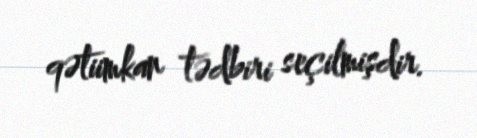
qətiimkan tədbiri seçilmişdir.